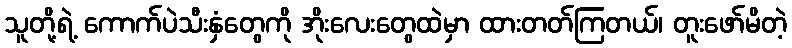
သူတို့ရဲ့ ကောက်ပဲသီးနှံတွေကို အိုးလေးတွေထဲမှာ ထားတတ်ကြတယ်၊ တူးဖော်မိတဲ့